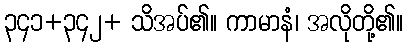
၃၄၁+၃၄၂+ သိအပ်၏။ ကာမာနံ၊ အလိုတို့၏။